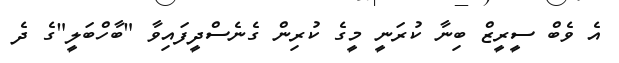
އެ ވެބް ސީރީޒް ބިނާ ކުރަނީ މީގެ ކުރިން ގެނެސްދީފައިވާ "ބާހްބަލީ"ގެ ދެ